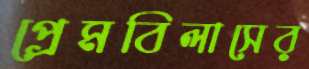
প্রেমবিলাসের